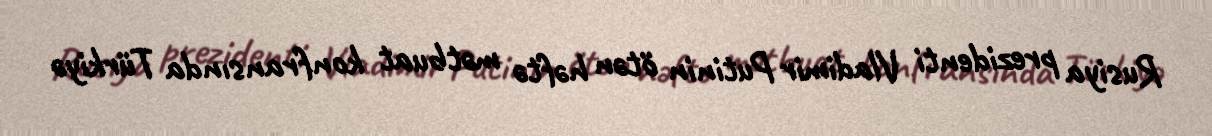
Rusiya prezidenti Vladimir Putinin ötən həftə mətbuat konfransında Türkiyə